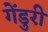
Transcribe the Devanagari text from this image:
गेंडुरी